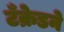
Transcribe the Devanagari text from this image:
टँक्रेडने